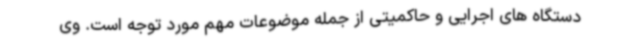
دستگاه های اجرایی و حاکمیتی از جمله موضوعات مهم مورد توجه است. وی